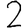
Digit: 2